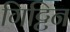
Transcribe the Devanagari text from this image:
गिट्टिन